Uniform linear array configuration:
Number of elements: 24
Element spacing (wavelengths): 0.5
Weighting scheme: kaiser
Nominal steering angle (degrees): -30
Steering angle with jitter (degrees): -30.547
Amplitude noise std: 0.05
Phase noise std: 0.05

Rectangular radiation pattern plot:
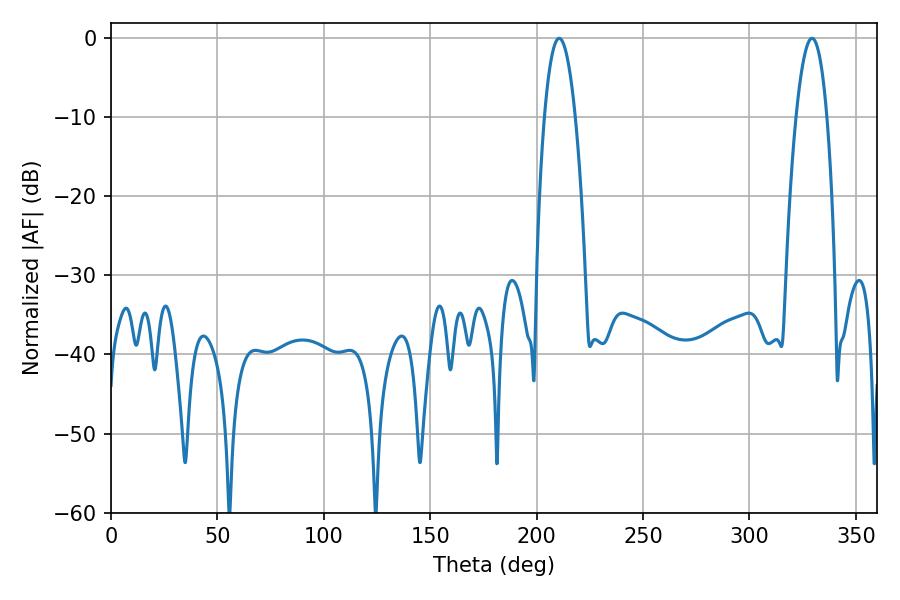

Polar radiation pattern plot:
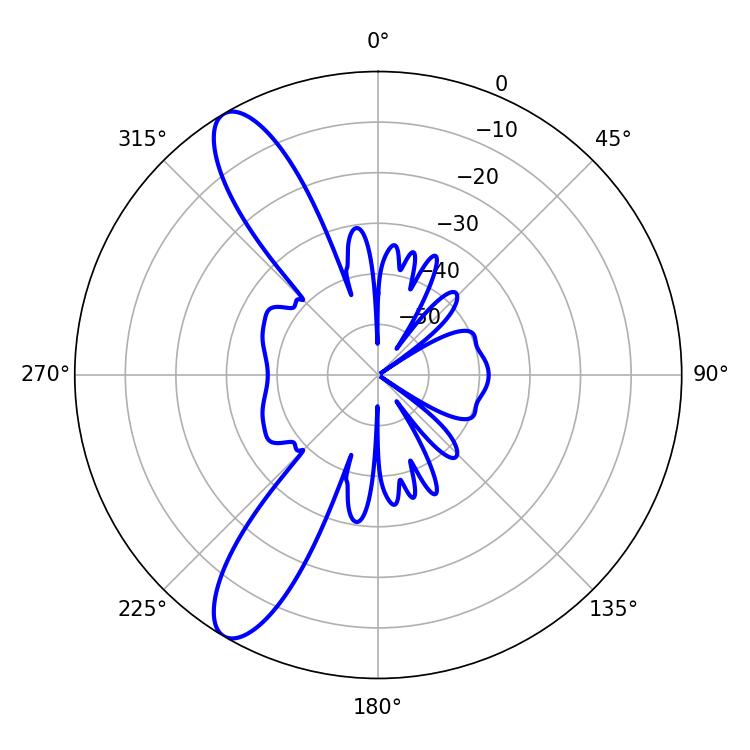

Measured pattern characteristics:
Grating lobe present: FALSE
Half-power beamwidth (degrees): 8.1
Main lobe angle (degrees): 210.6